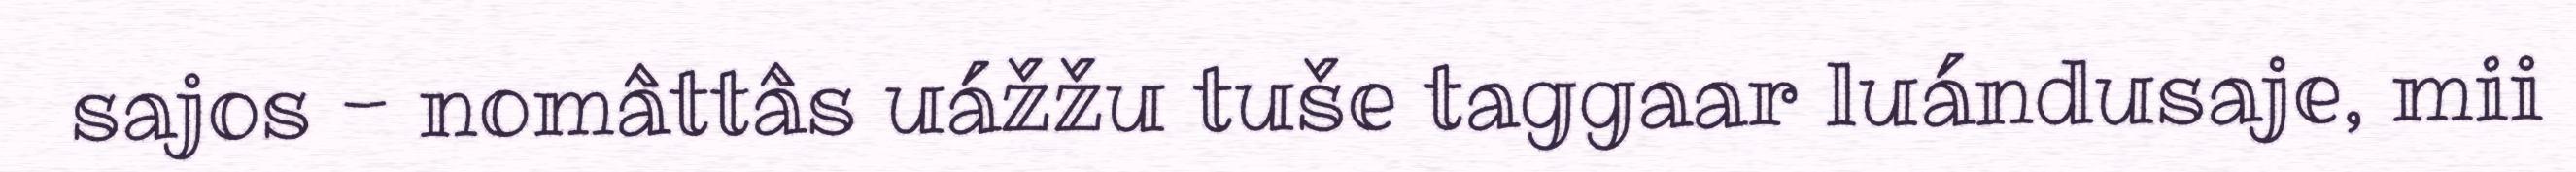
sajos - nomâttâs uážžu tuše taggaar luándusaje, mii